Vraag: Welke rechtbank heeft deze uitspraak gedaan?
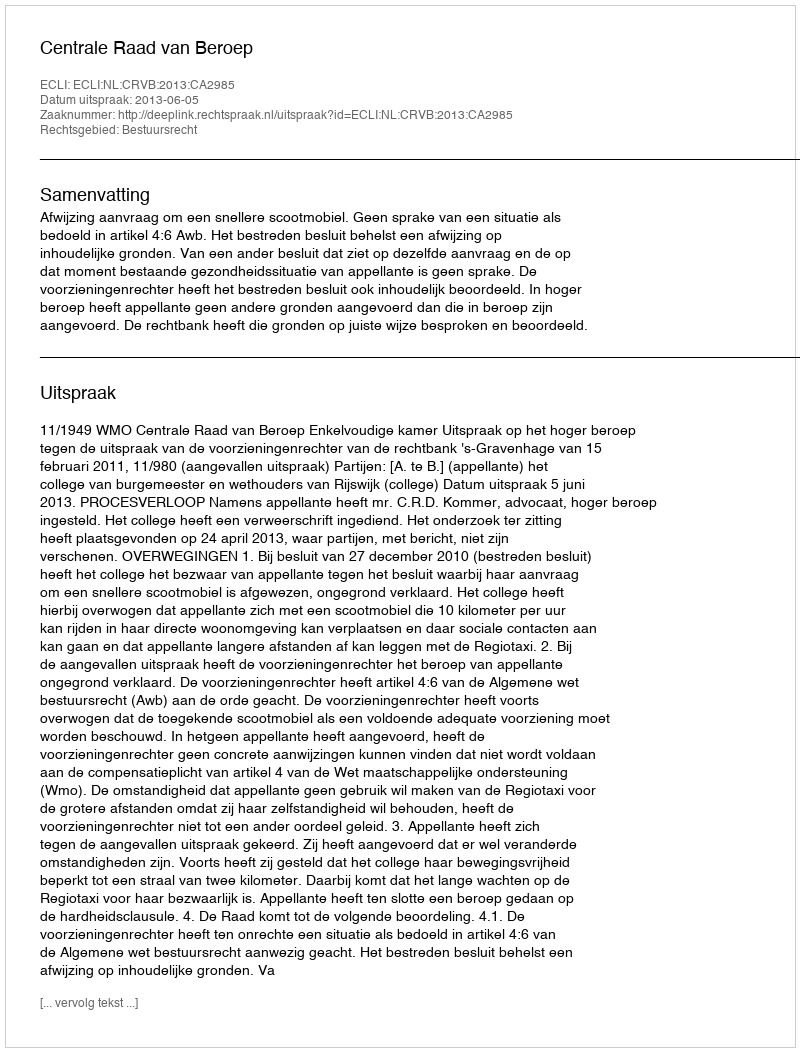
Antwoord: Centrale Raad van Beroep